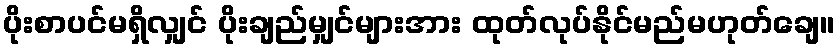
ပိုးစာပင်မရှိလျှင် ပိုးချည်မျှင်များအား ထုတ်လုပ်နိုင်မည်မဟုတ်ချေ။